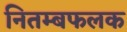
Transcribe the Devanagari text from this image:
नितम्बफलक